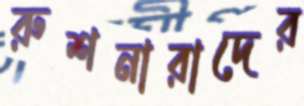
রুশনারাদের